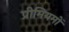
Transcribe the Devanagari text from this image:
प्रीमियमों